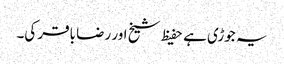
یہ جوڑی ہے حفیظ شیخ اور رضا باقر کی۔